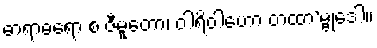
ဓာရာဓရော စ ဇီမူတော၊ ဝါရိဝါဟော တထာ’မ္ဗုဒေါ။